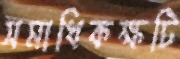
সমাধিকক্ষটি